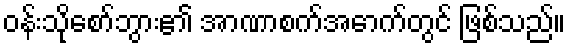
ဝန်းသိုစော်ဘွား၏ အာဏာစက်အောက်တွင် ဖြစ်သည်။